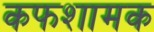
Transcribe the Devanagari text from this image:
कफशामक